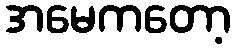
အမေကတော့